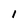
Character: 1